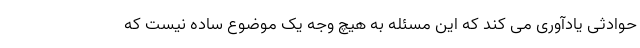
حوادثی یادآوری می کند که این مسئله به هیچ وجه یک موضوع ساده نیست که